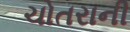
ચોતરાની